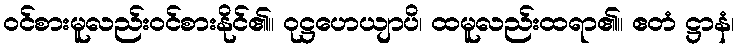
ဝင်စားမူလည်းဝင်စားနိုင်၏။ ဝုဋ္ဌဟေယျာပိ၊ ထမူလည်းထရာ၏။ ဧတံ ဋ္ဌာနံ၊